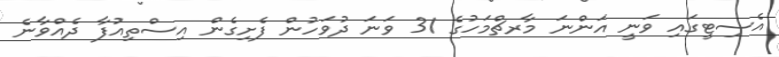
އެސިޓީގައި ވަނީ އަންނަ މާރޗްމަހުގެ 31 ވަނަ ދުވަހުން ފެށިގެން އިސްތިއުފާ ދެއްވާނެ